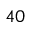
4 0